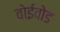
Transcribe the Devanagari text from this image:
वोईवोड